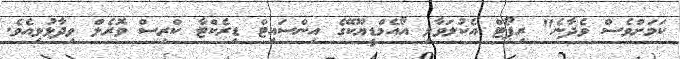
ކަމަށްވެސް ވެދާނެ" ރިޕޯޓް އެކުލަވާލި އޯއެމްޑީޔޫކޭގެ އިންސައިޓް ޑިރެކްޓާ ކްރިސް ވޮރެލް ވިދާޅުވިއެވެ.